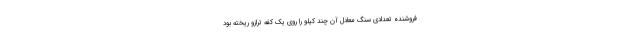
فروشنده تعدادی سنگ معادل آن چند کیلو را روی یک کفه ترازو ریخته بود